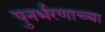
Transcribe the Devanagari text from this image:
पुनर्भरणाच्या